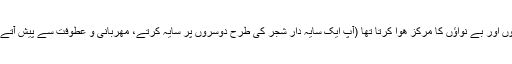
امام زین العابدین علیہ السلام کا گھر مسکینوں، یتیموں اور بے نواؤں کا مرکز ھوا کرتا تھا (آپ ایک سایہ دار شجر کی طرح دوسروں پر سایہ کرتے، مھربانی و عطوفت سے پیش آتے اور ان کی مشکل وپریشانی کو دور کرتے تھے) ۔